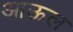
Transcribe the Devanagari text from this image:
आऊल